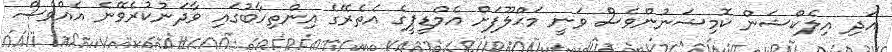
އަދި އިލެކްޝަން ކޮމިޝަނުންވެސް ވަނީ މަޙްލޫފަށް އެމްޑީޕީގެ އެތެރޭގެ އިންތިހާބުގައި ވާދަނުކުރެވޭނެ އެއްވެސް